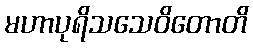
မဟာပုရိသသေဝိတောတိ